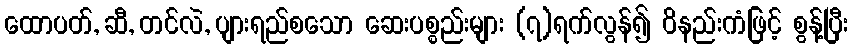
ထောပတ်, ဆီ, တင်လဲ, ပျားရည်စသော ဆေးပစ္စည်းများ (၇)ရက်လွန်၍ ဝိနည်းကံဖြင့် စွန့်ပြီး